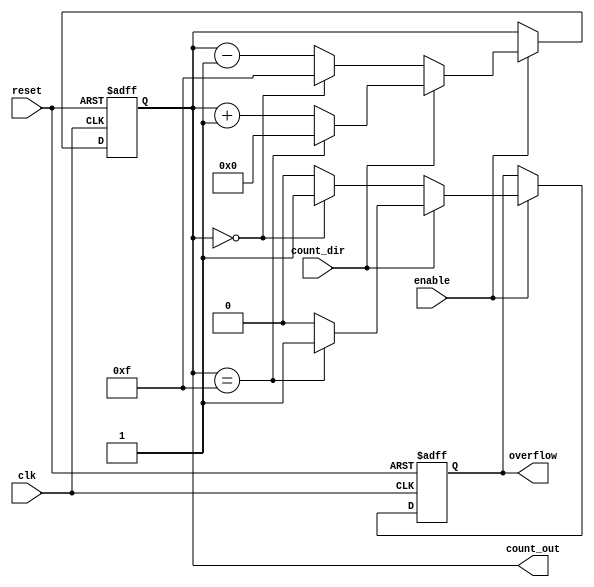
module multi_bit_counter #(
    parameter BIT_WIDTH = 4   // Specify the bit width of the counter (e.g., 4, 8)
)(
    input wire clk,            // Clock signal
    input wire reset,          // Asynchronous reset signal
    input wire enable,         // Enable signal
    input wire count_dir,      // Count direction: 1 for up, 0 for down
    output reg [BIT_WIDTH-1:0] count_out, // Current count output
    output reg overflow        // Overflow flag
);
    
    // Maximum and minimum values based on the bit width
    localparam MAX_VALUE = (1 << BIT_WIDTH) - 1;
    localparam MIN_VALUE = 0;
    
    always @(posedge clk or posedge reset) begin
        if (reset) begin
            count_out <= MIN_VALUE;  // Asynchronous reset to minimum value
            overflow <= 0;            // Clear overflow flag
        end else if (enable) begin
            if (count_dir) begin
                // Up counting
                if (count_out == MAX_VALUE) begin
                    count_out <= MIN_VALUE; // Wrap around to minimum
                    overflow <= 1;           // Set overflow flag
                end else begin
                    count_out <= count_out + 1; // Increment count
                    overflow <= 0;           // Clear overflow flag
                end
            end else begin
                // Down counting
                if (count_out == MIN_VALUE) begin
                    count_out <= MAX_VALUE; // Wrap around to maximum
                    overflow <= 1;           // Set overflow flag
                end else begin
                    count_out <= count_out - 1; // Decrement count
                    overflow <= 0;           // Clear overflow flag
                end
            end
        end
    end
endmodule